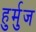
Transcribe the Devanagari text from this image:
हुर्मुज